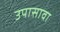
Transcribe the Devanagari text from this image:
उपासावा